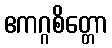
ဧကဂ္ဂစိတ္တော